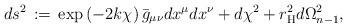
LaTeX: \begin{align*}ds^2\, := \, \exp\left(-2k\chi\right)\bar{g}_{\mu\nu}dx^\mu dx^\nu +d\chi^2+r_{\rm H}^2 d\Omega_{n-1}^2,\end{align*}